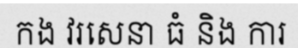
កង វរសេនា ធំ និង ការ